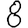
Digit: 8